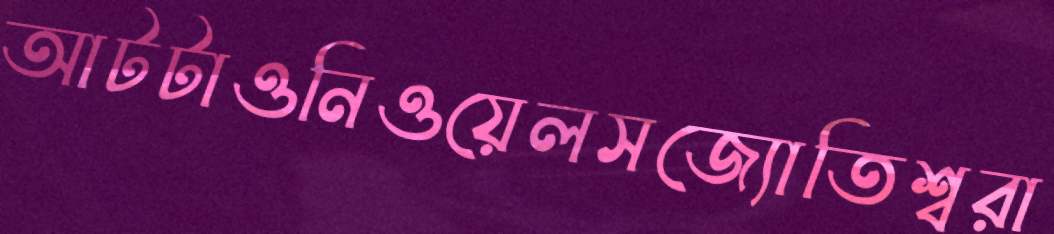
আটটাওনিওয়েলসজ্যোতিশ্বরা